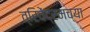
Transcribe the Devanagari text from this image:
त्रिवेंद्रमच्या